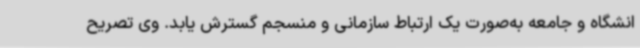
انشگاه و جامعه به‌صورت یک ارتباط سازمانی و منسجم گسترش یابد. وی تصریح